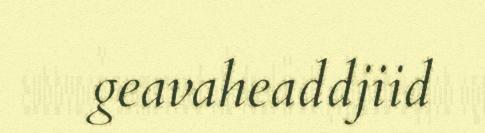
geavaheaddjiid